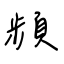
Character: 頻